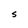
Character: S